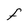
Character: F